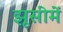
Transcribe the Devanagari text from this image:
झूसीमें